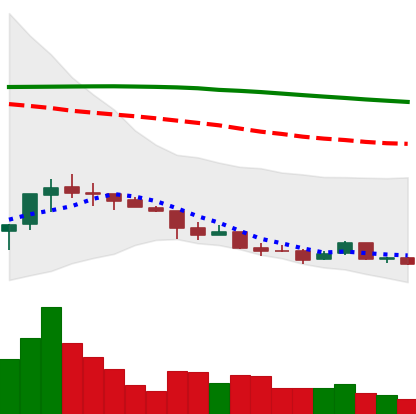
Ticker: ETC-USD
Chart end date: 2018-04-06
Forward return: 10.975%
Label: up_7plus